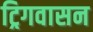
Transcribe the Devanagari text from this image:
ट्रिगवासन